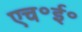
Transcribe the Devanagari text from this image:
एच॰ई॰